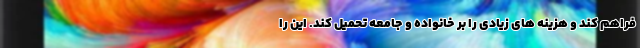
فراهم کند و هزینه های زیادی را بر خانواده و جامعه تحمیل کند. این را